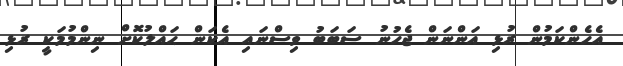
އެހެންކަމުން ރުޅި އަންނަން ޖެހުނު ސަބަބު ވިސްނައި އެކަން ޙައްލުކޮށް ނިންމުމަކީ ރުޅި